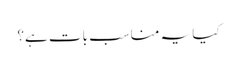
کیا یہ مناسب بات ہے؟